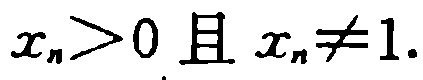
$x_{n}>0 \text{ 且 } x_{n}\neq1.$